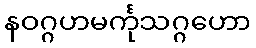
နဝဂ္ဂဟမင်္ကုသဂ္ဂဟော